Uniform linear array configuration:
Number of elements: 16
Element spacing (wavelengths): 0.5
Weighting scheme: exponential
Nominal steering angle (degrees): -15
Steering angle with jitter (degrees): -15.522
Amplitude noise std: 0.05
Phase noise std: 0.05

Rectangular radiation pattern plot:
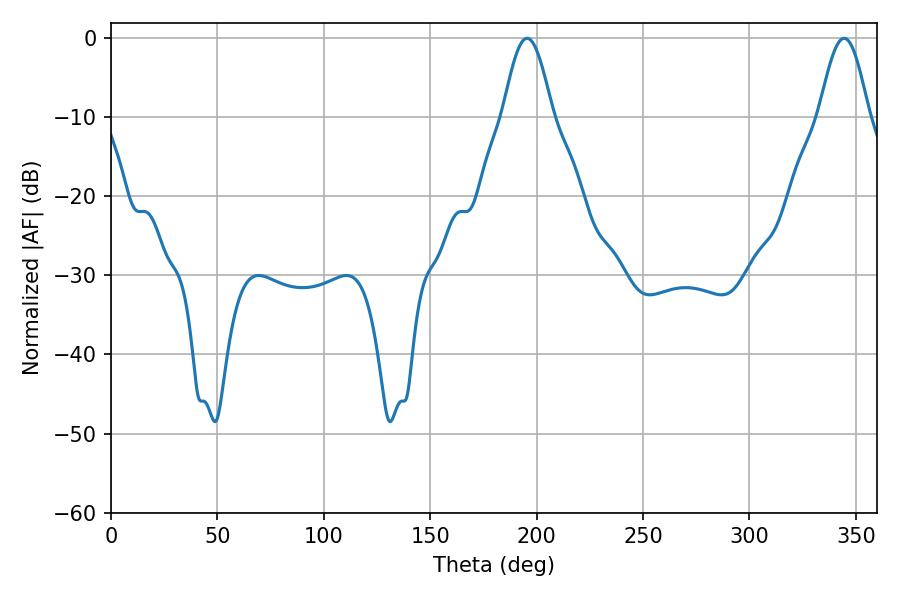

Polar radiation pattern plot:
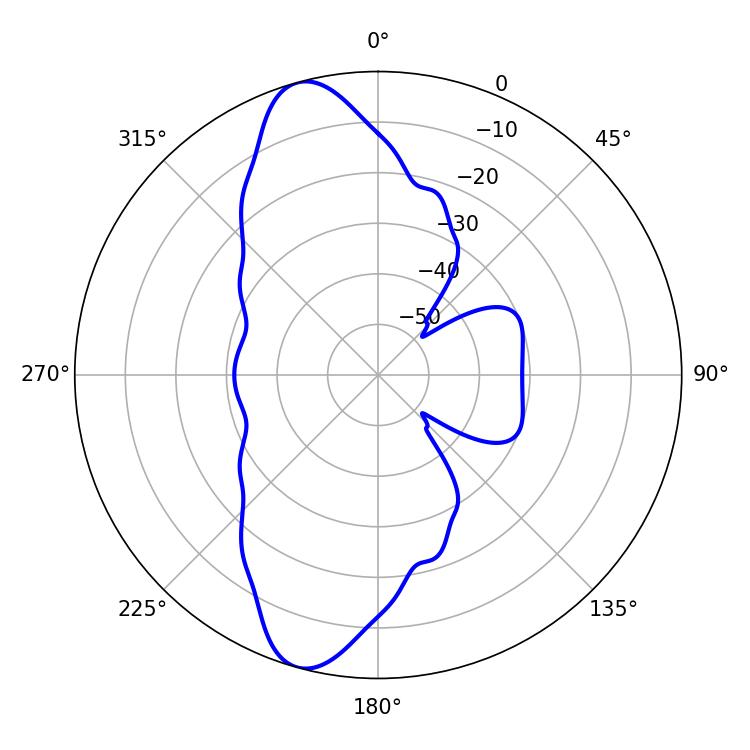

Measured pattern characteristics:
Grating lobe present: FALSE
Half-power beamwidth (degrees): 12.42
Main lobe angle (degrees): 195.48